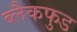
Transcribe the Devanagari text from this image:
ब्लैकफुड